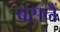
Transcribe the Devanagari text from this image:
बसनें